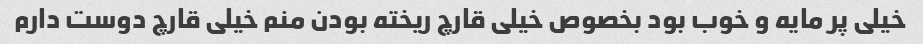
خیلی پر مایه و خوب بود بخصوص خیلی قارچ ریخته بودن منم خیلی قارچ دوست دارم